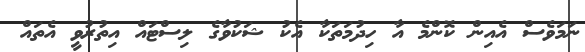
ނަމަވެސް އެއިން ކޮންމެ އާ ހިދުމަތަކާ އެކު ޝަކުވާގެ ލިސްޓައް އިތުރުވީ އެތައް